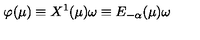
\varphi ( \mu ) \equiv X ^ { 1 } ( \mu ) \omega \equiv E _ { - \alpha } ( \mu ) \omega